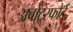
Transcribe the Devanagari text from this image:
अबोट्स्फोर्ड